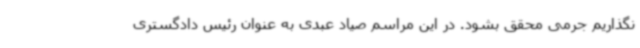
نگذاریم جرمی محقق بشود. در این مراسم صیاد عبدی به عنوان رئیس دادگستری